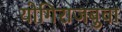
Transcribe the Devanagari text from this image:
योगिराजबुवा